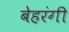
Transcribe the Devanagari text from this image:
बेहरंगी